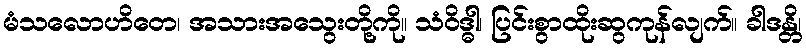
မံသလောဟိတေ၊ အသားအသွေးတို့ကို။ သံဝိဒ္ဓါ၊ ပြင်းစွာထိုးဆွကုန်လျက်။ ခါဒန္တိ၊